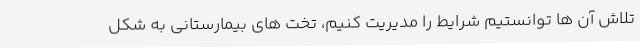
تلاش آن ها توانستیم شرایط را مدیریت کنیم، تخت های بیمارستانی به شکل